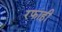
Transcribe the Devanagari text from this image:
रफाही